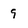
Character: 9